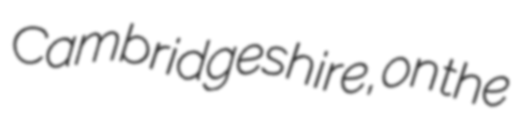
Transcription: Cambridgeshire, on the